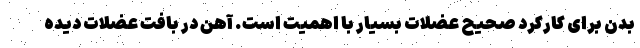
بدن برای کارکرد صحیح عضلات بسیار با اهمیت است. آهن در بافت عضلات دیده